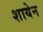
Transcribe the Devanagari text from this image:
शायेन